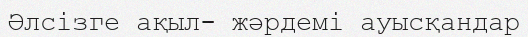
Әлсізге ақыл- жәрдемі ауысқандар